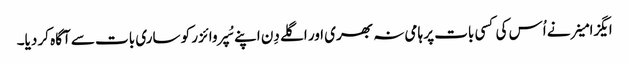
ایگزامینر نے اُس کی کسی بات پر ہامی نہ بھری اور اگلے دِن اپنے سُپروائزر کو ساری بات سے آگاہ کر دیا۔